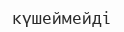
күшеймейді